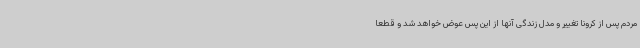
مردم پس از کرونا تغییر و مدل زندگی آنها از این پس عوض خواهد شد و قطعا